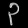
Digit: ၃